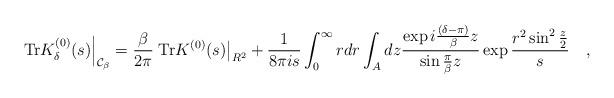
LaTeX: \begin{align*}\left.\mbox{Tr}K^{(0)}_{\delta}(s)\right|_{{\cal C}_\beta}={\beta \over 2\pi}\left.\mbox{Tr}K^{(0)}(s)\right|_{R^2}+{1 \over 8\pi is}\int_{0}^{\infty} rdr\int_{A}dz{\exp i{(\delta-\pi) \over \beta}z \over \sin{\pi \over \beta}z}\exp{r^2\sin^2{z \over 2} \over s}~~~,\end{align*}